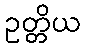
ဥတ္တိယ